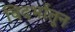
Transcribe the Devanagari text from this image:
विदर्भातून